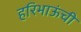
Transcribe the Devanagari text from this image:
हरिभाऊंची